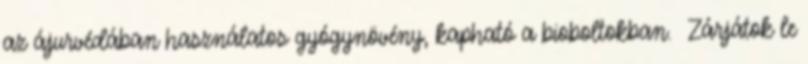
az ájurvédában használatos gyógynövény, kapható a bioboltokban. Zárjátok le